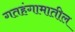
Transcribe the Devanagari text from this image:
गतहंगामातील